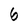
Character: 6